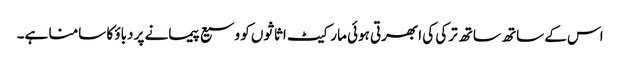
اس کے ساتھ ساتھ ترکی کی ابھرتی ہوئی مارکیٹ اثاثوں کو وسیع پیمانے پر دباؤ کا سامنا ہے۔